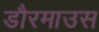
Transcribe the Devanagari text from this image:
डौरमाउस